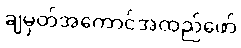
ချမှတ်အကောင်အထည်ဖော်